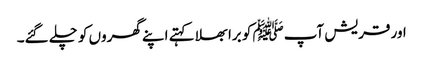
اور قریش آپﷺ کو برا بھلا کہتے اپنے گھروں کو چلے گئے۔